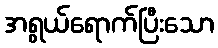
အရွယ်ရောက်ပြီးသော